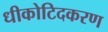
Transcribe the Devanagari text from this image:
धीकोटिदकरण